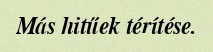
Más hitűek térítése.